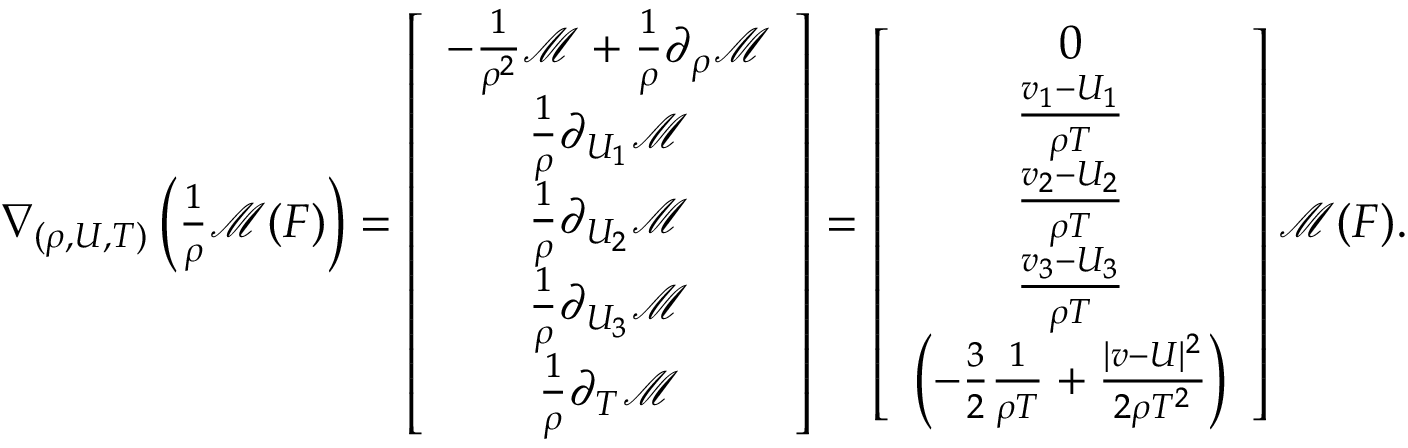
\begin{array} { r } { \nabla _ { ( \rho , U , T ) } \left( \frac { 1 } { \rho } \mathcal { M } ( F ) \right) = \left[ { \begin{array} { c } { - \frac { 1 } { \rho ^ { 2 } } \mathcal { M } + \frac { 1 } { \rho } \partial _ { \rho } \mathcal { M } } \\ { \frac { 1 } { \rho } \partial _ { U _ { 1 } } \mathcal { M } } \\ { \frac { 1 } { \rho } \partial _ { U _ { 2 } } \mathcal { M } } \\ { \frac { 1 } { \rho } \partial _ { U _ { 3 } } \mathcal { M } } \\ { \frac { 1 } { \rho } \partial _ { T } \mathcal { M } } \end{array} } \right] = \left[ { \begin{array} { c } { 0 } \\ { \frac { v _ { 1 } - U _ { 1 } } { \rho T } } \\ { \frac { v _ { 2 } - U _ { 2 } } { \rho T } } \\ { \frac { v _ { 3 } - U _ { 3 } } { \rho T } } \\ { \left( - \frac { 3 } { 2 } \frac { 1 } { \rho T } + \frac { | v - U | ^ { 2 } } { 2 \rho T ^ { 2 } } \right) } \end{array} } \right] \mathcal { M } ( F ) . } \end{array}